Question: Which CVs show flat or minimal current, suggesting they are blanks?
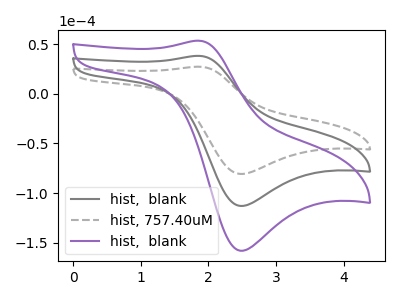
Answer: <think>The gray curve "hist,  blank" has an anodic peak at (1.85V, 38.20uA) and a cathodic peak at (2.50V, -113.05uA). The gray dashed curve "hist, 757.40uM" has an anodic peak at (1.85V, 27.30uA) and a cathodic peak at (2.50V, -80.80uA). The purple curve "hist,  blank" has an anodic peak at (1.85V, 76.45uA) and a cathodic peak at (2.50V, -226.10uA).</think>
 <answer>There are not any CV's on this graph that are likely to be blanks.</answer>
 <eval>none</eval>